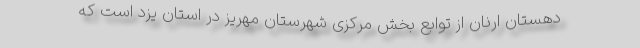
دهستان ارنان از توابع بخش مرکزی شهرستان مهریز در استان یزد است که